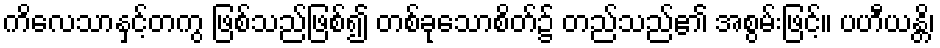
ကိလေသာနှင့်တကွ ဖြစ်သည်ဖြစ်၍ တစ်ခုသောစိတ်၌ တည်သည်၏ အစွမ်းဖြင့်။ ပဟီယန္တိ၊